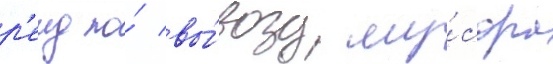
р'еид по́ вы́возу му́сора